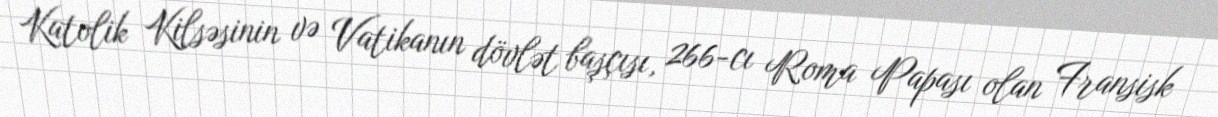
Katolik Kilsəsinin və Vatikanın dövlət başçısı, 266-cı Roma Papası olan Fransisk